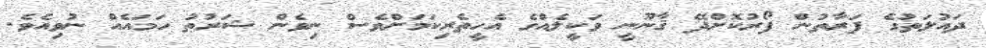
ދައުލަތުގެ ފަރާތުން ފޯރުކޮށްދޭ ޤާނޫނީ ވަކީލެއްގެ އެހީތެރިކަމަށްވެސް ނިވެން ޝަރުޠު ހަމައެއް ނުވިއެވެ.